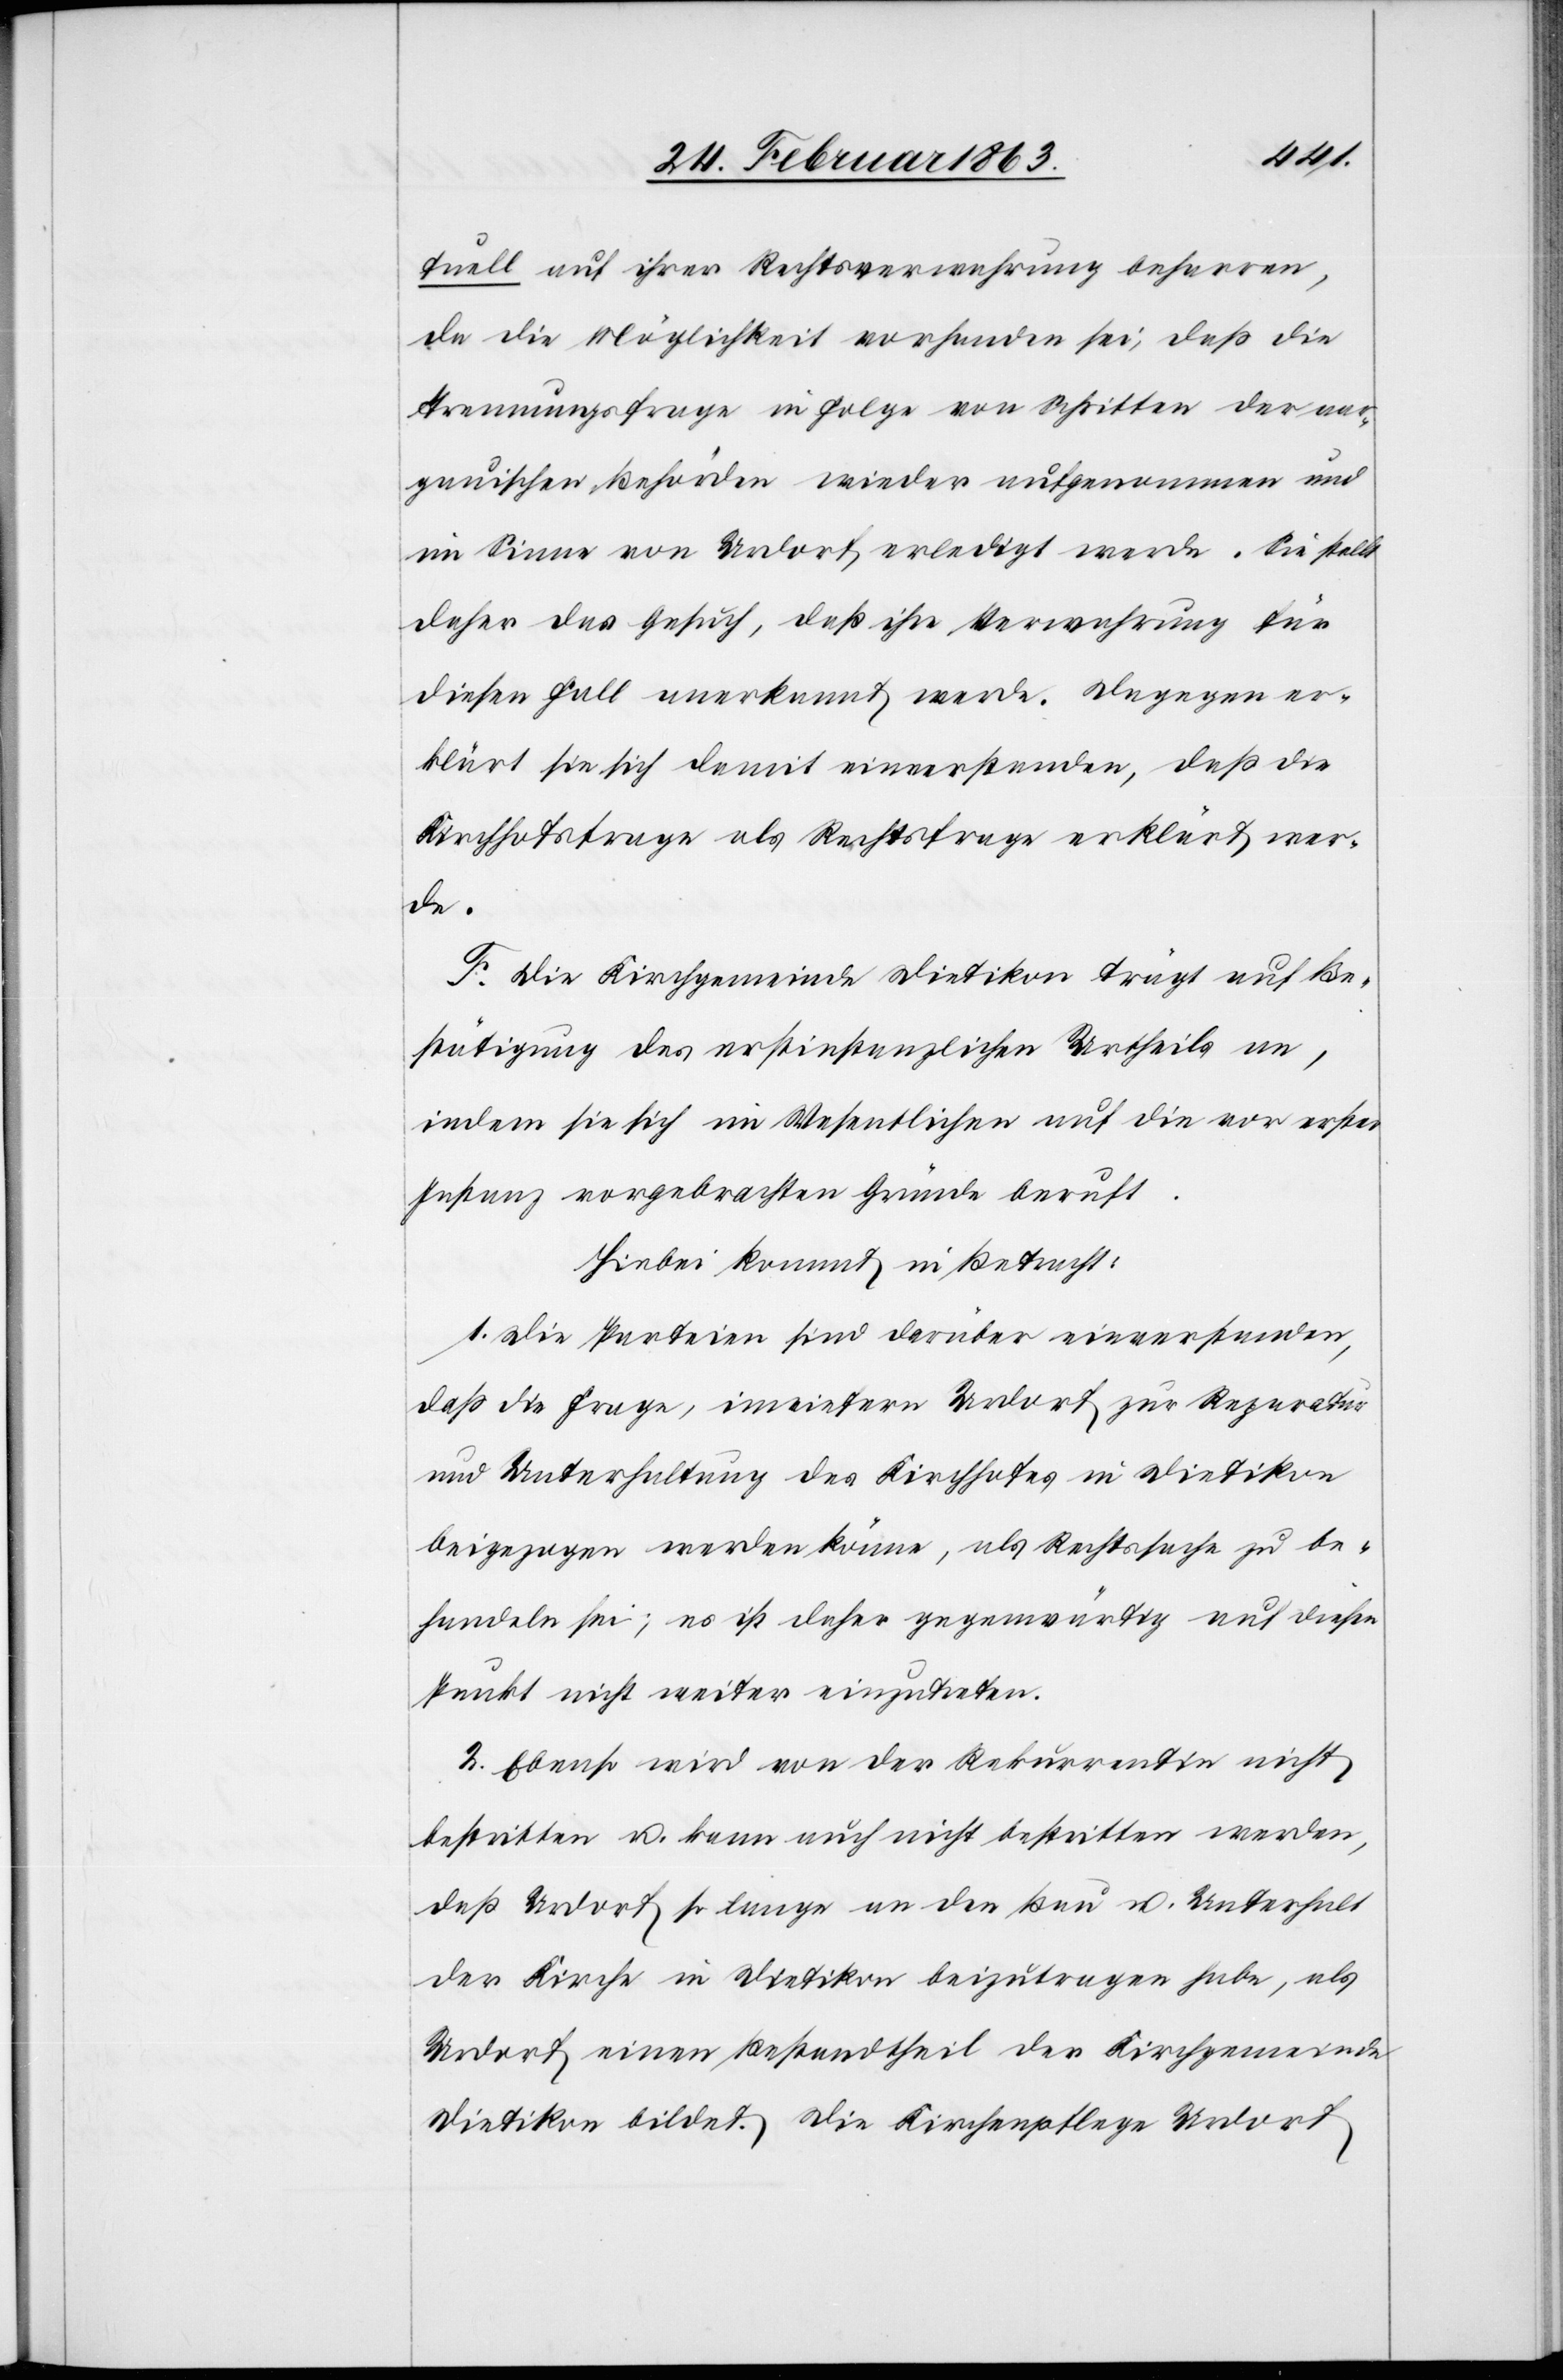
tuell auf ihrer Rechtsverwahrung beharren,
da die Möglichkeit vorhanden sei, daß die
Trennungsfrage in Folge von Schritten der aar¬
gauischen Behörden wieder aufgenommen und
im Sinne von Urdorf erledigt werde. Sie stellt
daher das Gesuch, daß ihre Verwahrung für
diesen Fall anerkannt werde. Dagegen er¬
klärt sie sich damit einverstanden, daß die
Kirchhofsfrage als Rechtsfrage erklärt wer¬
de.
F. Die Kirchgemeinde Dietikon trägt auf Be¬
stätigung des erstinstanzlichen Urtheils an,
indem sie sich im Wesentlichen auf die vor erster
Instanz vorgebrachten Gründe beruft.
Hiebei kommt in Betracht:
1. Die Parteien sind darüber einverstanden,
daß die Frage, inwiefern Urdorf zur Reparatur
und Unterhaltung des Kirchhofes in Dietikon
beigezogen werden könne, als Rechtssache zu be¬
handeln sei; es ist daher gegenwärtig auf diesen
Punkt nicht weiter einzutreten.
2. Ebenso wird von der Rekurrentin nicht
bestritten u. kann auch nicht bestritten werden,
daß Urdorf so lange an den Bau u. Unterhalt
der Kirche in Dietikon beizutragen habe, als
Urdorf einen Bestandtheil der Kirchgemeinde
Dietikon bildet. Die Kirchenpflege Urdorf